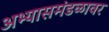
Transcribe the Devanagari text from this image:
अभ्यासमंडळावर